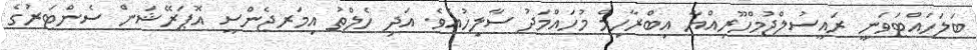
ބަލަހައްޓަވަނީ ރައީސުލްޖުމްހޫރިއްޔާ އިބްރާހިމް މުހައްމަދު ސާލިހުއެވެ. އަދި ހެލްތު އިމަރޖެންސީ އޮޕަރޭޝަން ސެންޓަރުގެ